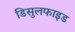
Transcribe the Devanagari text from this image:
डिसुलफाइड